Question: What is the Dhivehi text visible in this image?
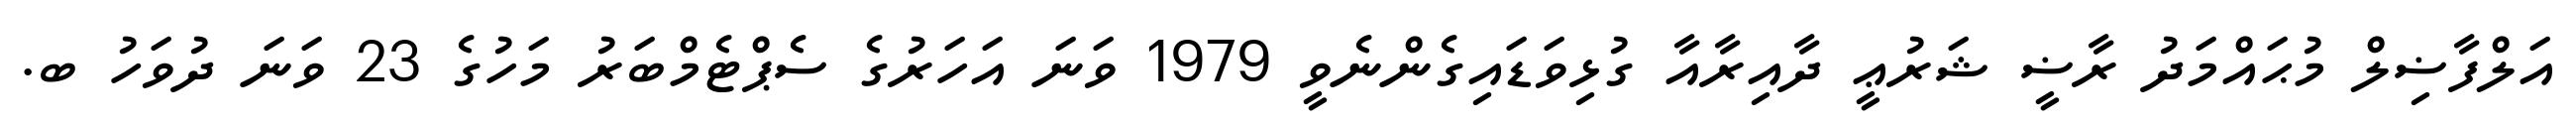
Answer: އަލްފާޟިލް މުޙައްމަދު ރާޟީ ޝަރުޢީ ދާއިރާއާ ގުޅިވަޑައިގެންނެވީ 1979 ވަނަ އަހަރުގެ ސެޕްޓެމްބަރު މަހުގެ 23 ވަނަ ދުވަހު ބ.